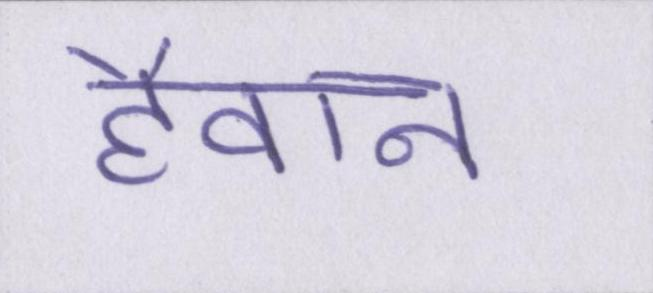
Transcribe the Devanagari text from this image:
हैवान